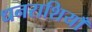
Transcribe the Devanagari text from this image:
धनराशियाँ